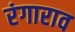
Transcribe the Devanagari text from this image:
रंगाराव